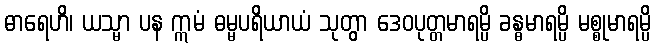
ဓာရေဟိ၊ ယသ္မာ ပန ဣမံ ဓမ္မပရိယာယံ သုတွာ ဒေဝပုတ္တမာရမ္ပိ ခန္ဓမာရမ္ပိ မစ္စုမာရမ္ပိ